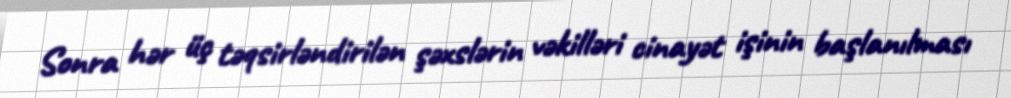
Sonra hər üç təqsirləndirilən şəxslərin vəkilləri cinayət işinin başlanılması